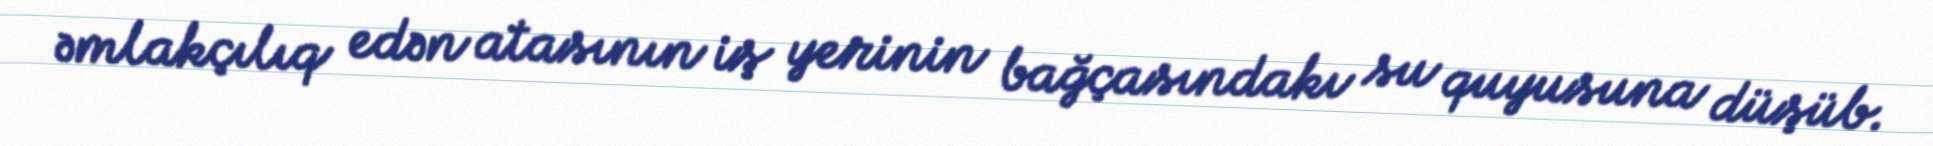
əmlakçılıq edən atasının iş yerinin bağçasındakı su quyusuna düşüb.